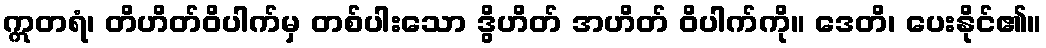
ဣတရံ၊ တိဟိတ်ဝိပါက်မှ တစ်ပါးသော ဒွိဟိတ် အဟိတ် ဝိပါက်ကို။ ဒေတိ၊ ပေးနိုင်၏။